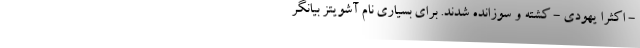
- اکثرا یهودی - کشته و سوزانده شدند. برای بسیاری نام آشویتز بیانگر